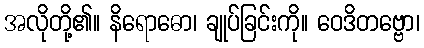
အလိုတို့၏။ နိရောဓော၊ ချုပ်ခြင်းကို။ ဝေဒိတဗ္ဗော၊